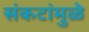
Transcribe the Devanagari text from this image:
संकटांमुळे